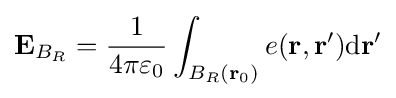
\mathbf {E} _{B_{R}}={\frac {1}{4\pi \varepsilon _{0}}}\int _{B_{R}(\mathbf {r} _{0})}e(\mathbf {r,\mathbf {r} '} ){\mathrm {d} \mathbf {r} '}